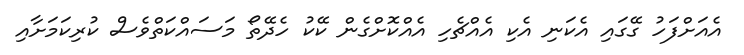
އެއަށްފަހު ގޭގައި އެކަނި އެކި އެއްޗެހި އެއްކޮށްގެން ކޭކު ހެދޭތޯ މަސައްކަތްވެސް ކުރިކަމަށާއި